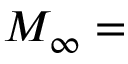
M _ { \infty } =